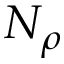
N _ { \rho }